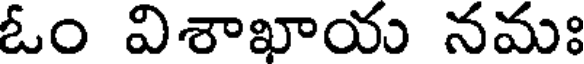
ఓం విశాఖాయ నమః